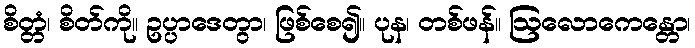
စိတ္တံ၊ စိတ်ကို။ ဥပ္ပာဒေတွာ၊ ဖြစ်စေ၍။ ပုန၊ တစ်ဖန်။ ဩလောကေန္တော၊